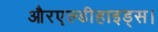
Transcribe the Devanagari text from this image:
औरएल्डीहाइड्स।